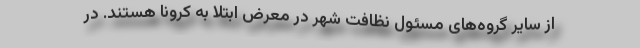
از سایر گروه‌های مسئول نظافت شهر در معرض ابتلا به کرونا هستند. در